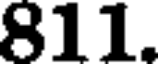
811.